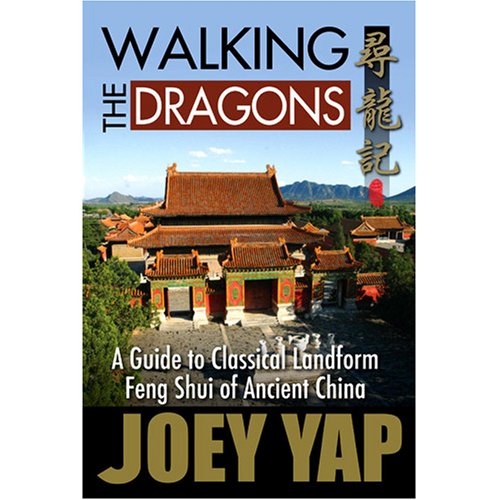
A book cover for Walking The Dragons- A guide to Classical Landform Feng Shui of Ancient China; Joey Yap; Religion & Spirituality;